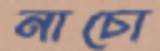
নাচো